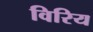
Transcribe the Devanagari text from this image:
विरिय